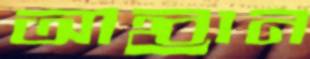
আহ্বান